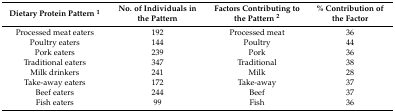
| Dietary Protein Pattern 1 | No. of Individuals in the Pattern | Factors Contributing to the Pattern 2 | % Contribution of the Factor |
 | --- | --- | --- | --- |
 | Processed meat eaters | 192 | Processed meat | 36 |
 | Poultry eaters | 144 | Poultry | 44 |
 | Pork eaters | 239 | Pork | 36 |
 | Traditional eaters | 347 | Traditional | 38 |
 | Milk drinkers | 241 | Milk | 28 |
 | Take-away eaters | 172 | Take-away | 37 |
 | Beef eaters | 244 | Beef | 37 |
 | Fish eaters | 99 | Fish | 36 |